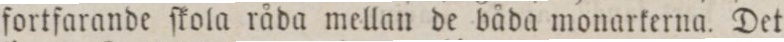
fortfarande ſkola råda mellan de båda monarkerna. Det